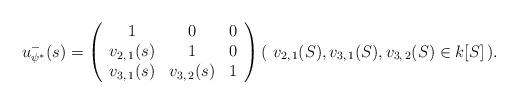
LaTeX: \begin{align*} u^-_{\psi^*}(s) = \left(\begin{array}{c c c} 1 & 0 & 0 \\ v_{2, \, 1}(s) & 1 & 0 \\ v_{3, \, 1}(s) & v_{3, \, 2}(s) & 1 \end{array}\right) (\ v_{2, \, 1}(S), v_{3, \, 1}(S) , v_{3, \, 2}(S) \in k[S] \,) . \end{align*}